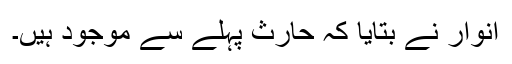
انوار نے بتایا کہ حارث پہلے سے موجود ہیں۔